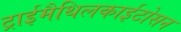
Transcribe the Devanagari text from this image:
ट्राईमैथिलकाईटोसन